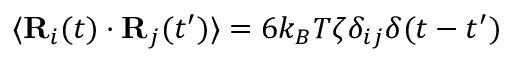
\langle \mathbf { R } _ { i } ( t ) \cdot \mathbf { R } _ { j } ( t ^ { \prime } ) \rangle = 6 k _ { B } T \zeta \delta _ { i j } \delta ( t - t ^ { \prime } )